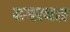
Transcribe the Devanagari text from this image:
बनावत